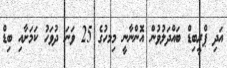
އަދި ޕްރީބިޑް ބައްދަލުވުން އޮންނާނީ މިމހުގެ 25 ވަނަ ދުވަހު ކަމަށާއި ބިޑް